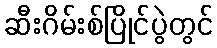
ဆီးဂိမ်းစ်ပြိုင်ပွဲတွင်